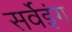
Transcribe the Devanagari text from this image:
सर्वेइंग